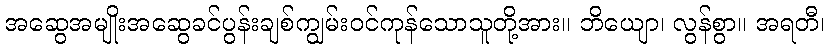
အဆွေအမျိုးအဆွေခင်ပွန်းချစ်ကျွမ်းဝင်ကုန်သောသူတို့အား။ ဘိယျော၊ လွန်စွာ။ အရတီ၊